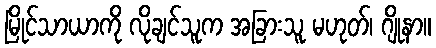
မြိုင်သာယာကို လိုချင်သူက အခြားသူ မဟုတ်၊ ဂျိုနာ။